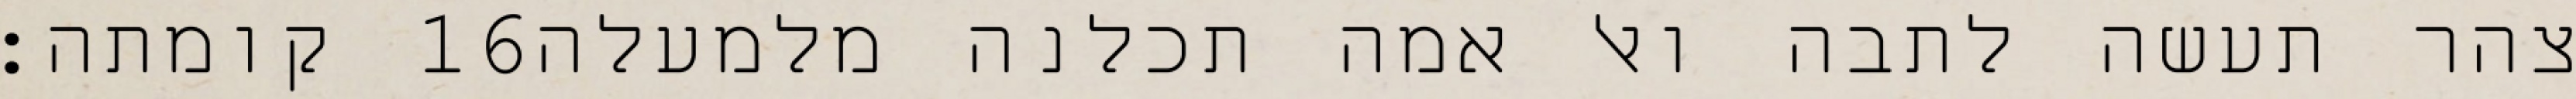
קומתה׃ ‎16‏ צהר תעשה לתבה ואל אמה תכלנה מלמעלה